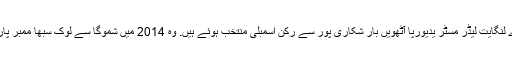
کرناٹک کے بڑے لنگايت لیڈر مسٹر يديورپا آٹھویں بار شکاری پور سے رکن اسمبلی منتخب ہوئے ہیں. وہ 2014 میں شموگا سے لوک سبھا ممبر پارلیمنٹ بنے تھے۔